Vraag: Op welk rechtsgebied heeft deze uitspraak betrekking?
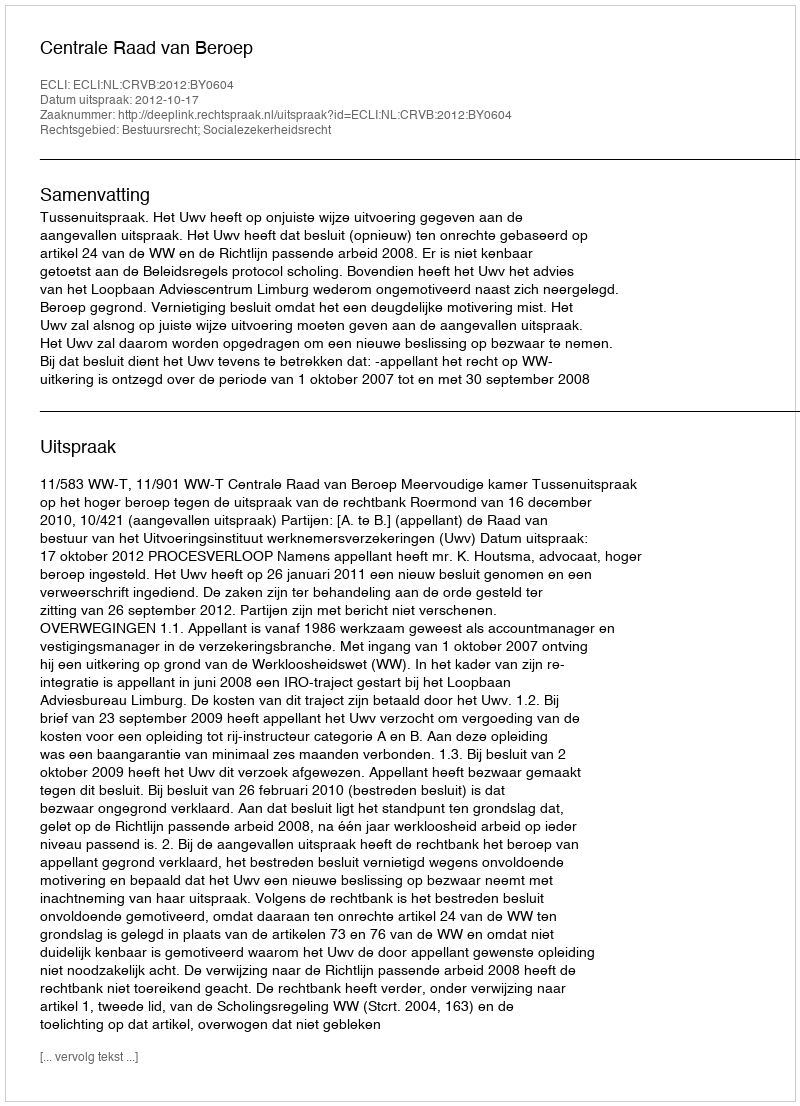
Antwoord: Bestuursrecht; Socialezekerheidsrecht